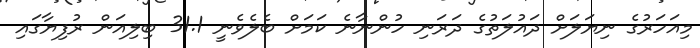
މިއަހަރުގެ ނިޔަލަށް ދައުލަތުގެ ދަރަނި ހުންނާނެ ކަމަށް ބެލެވެނީ 31.1 ބިލިއަން ރުފިޔާގައި